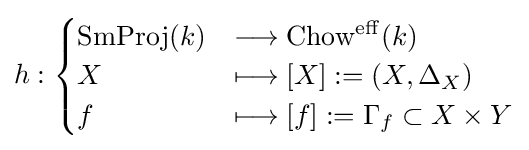
h:{\begin{cases}\operatorname {SmProj} (k)&\longrightarrow \operatorname {Chow^{eff}} (k)\\X&\longmapsto [X]:=(X,\Delta _{X})\\f&\longmapsto [f]:=\Gamma _{f}\subset X\times Y\end{cases}}